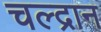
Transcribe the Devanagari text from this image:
चल्द्रान